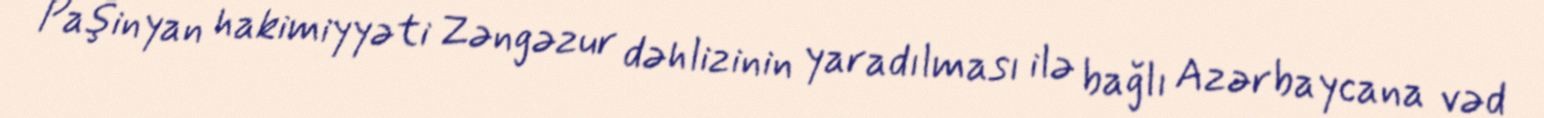
Paşinyan hakimiyyəti Zəngəzur dəhlizinin yaradılması ilə bağlı Azərbaycana vəd